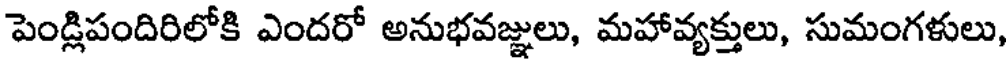
పెండ్లిపందిరిలోకి ఎందరో అనుభవజ్జులు, మహావ్యక్తులు, సుమంగళులు,